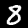
Digit: 8